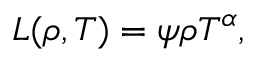
L ( \rho , T ) = \psi \rho T ^ { \alpha } ,